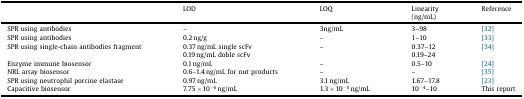
<table><thead><tr><td>[EMPTY_CELL]</td><td><b>LOD</b></td><td><b>LOQ</b></td><td><b>Linearity(ng/mL)</b></td><td><b>Reference</b></td></tr></thead><tbody><tr><td>SPR using antibodies</td><td>–</td><td>3ng/mL</td><td>3–98</td><td>[32]</td></tr><tr><td>SPR using antibodies</td><td>0.2 ng/g</td><td>–</td><td>1–10</td><td>[33]</td></tr><tr><td>SPR using single-chain antibodies fragment</td><td>0.37 ng/mL single scFv</td><td>–</td><td>0.37–12</td><td>[34]</td></tr><tr><td>0.19 ng/mL doble scFv</td><td>0.19–24</td></tr><tr><td>Enzyme immune biosensor</td><td>0.1 ng/mL</td><td>–</td><td>0.5–10</td><td>[24]</td></tr><tr><td>NRL array biosensor</td><td>0.6–1.4 ng/mL for nut products</td><td>–</td><td>–</td><td>[35]</td></tr><tr><td>SPR using neutrophil porcine elastase</td><td>0.97 ng/mL</td><td>3.1 ng/mL</td><td>1.67–17.8</td><td>[23]</td></tr><tr><td>Capacitive biosensor</td><td>7.75 × 10<sup>−6</sup> ng/mL</td><td>1.3 × 10<sup>−5</sup> ng/mL</td><td>10<sup>−4</sup>–10</td><td>This report</td></tr></tbody></table>